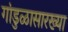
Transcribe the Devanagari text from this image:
गांडुळासारख्या